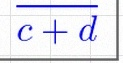
\frac{a+b}{c+d}